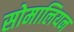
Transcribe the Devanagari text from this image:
सोमालियन